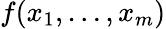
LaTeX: f(x_{1},\dots,x_{m})